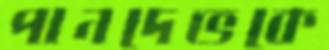
পানদেভকে